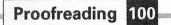
Proofreading 100